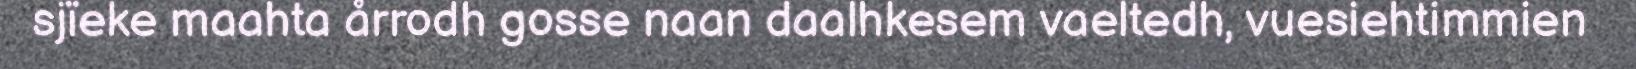
sjïeke maahta årrodh gosse naan daalhkesem vaeltedh, vuesiehtimmien